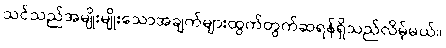
သင်သည်အမျိုးမျိုးသောအချက်များထွက်တွက်ဆရန်ရှိသည်လိမ့်မယ်။